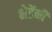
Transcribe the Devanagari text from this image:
भेडेंनी